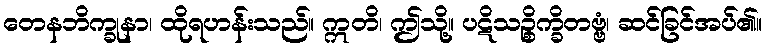
တေနဘိက္ခုနာ၊ ထိုရဟန်းသည်။ ဣတိ၊ ဤသို့။ ပဋိသဉ္စိက္ခိတဗ္ဗံ၊ ဆင်ခြင်အပ်၏။